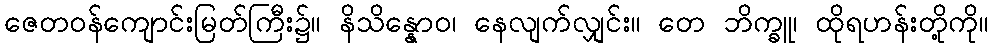
ဇေတဝန်ကျောင်းမြတ်ကြီး၌။ နိသိန္နောဝ၊ နေလျက်လျှင်း။ တေ ဘိက္ခူ၊ ထိုရဟန်းတို့ကို။